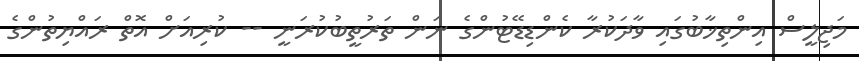
މަޖިލީސް އިންތިޚާބުގައި ވާދަކުރާ ކެންޑިޑޭޓުންގެ ނަން ތަރުތީބުކުރަނީ -- ކުރިއަށް އޮތް ރައްޔިތުންގެ